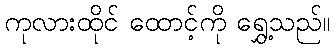
ကုလားထိုင် ထောင့်ကို ရွှေ့သည်။